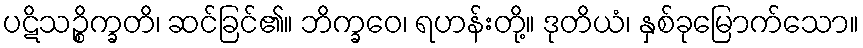
ပဋိသဉ္စိက္ခတိ၊ ဆင်ခြင်၏။ ဘိက္ခဝေ၊ ရဟန်းတို့။ ဒုတိယံ၊ နှစ်ခုမြောက်သော။